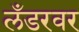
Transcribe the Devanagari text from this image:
लँडरवर